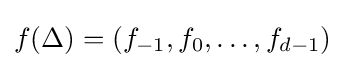
f(\Delta )=(f_{-1},f_{0},\ldots ,f_{d-1})